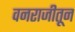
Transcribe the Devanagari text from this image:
वनराजीतून